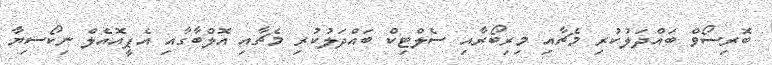
ބޮރިސޯވް ބައްދަލުކުރި މެޗާއި މިރިބޯރާއި ސެލްޓިކް ބައްދަލުކުރި މެޗާއި އޮލްބާގާއި އެޕީއޮއެލް ނިކޯސިޔާ